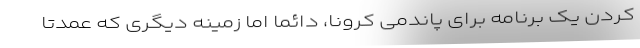
کردن یک برنامه برای پاندمی کرونا، دائماً اما زمینه دیگری که عمدتاً